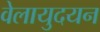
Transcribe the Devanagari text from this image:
वेलायुदयन